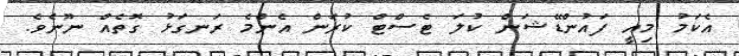
އެކަމު މިއީ ފައުންޑޭޝަން ކުލަ ޓެސްޓް ކުރަން އެންމެ ރަނގަޅު ގޮތެއް ނޫނެވެ.